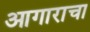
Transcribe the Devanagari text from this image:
आगाराचा